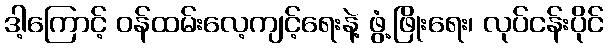
ဒါ့ကြောင့် ဝန်ထမ်းလေ့ကျင့်ရေးနဲ့ ဖွံ့ဖြိုးရေး၊ လုပ်ငန်းပိုင်